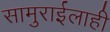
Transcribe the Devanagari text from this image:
सामुराईलाही